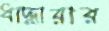
ধাদ্ধারার